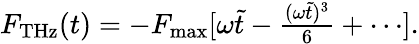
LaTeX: \begin{array}{r}{F_{\mathrm{THz}}(t)=-F_{\mathrm{max}}[\omega\tilde{t}-\frac{(\omega\tilde{t})^{3}}{6}+\cdots].}\end{array}